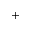
+